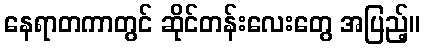
နေရာတကာတွင် ဆိုင်တန်းလေးတွေ အပြည့်။